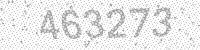
Solution: 463273